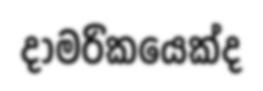
දාමරිකයෙක්ද